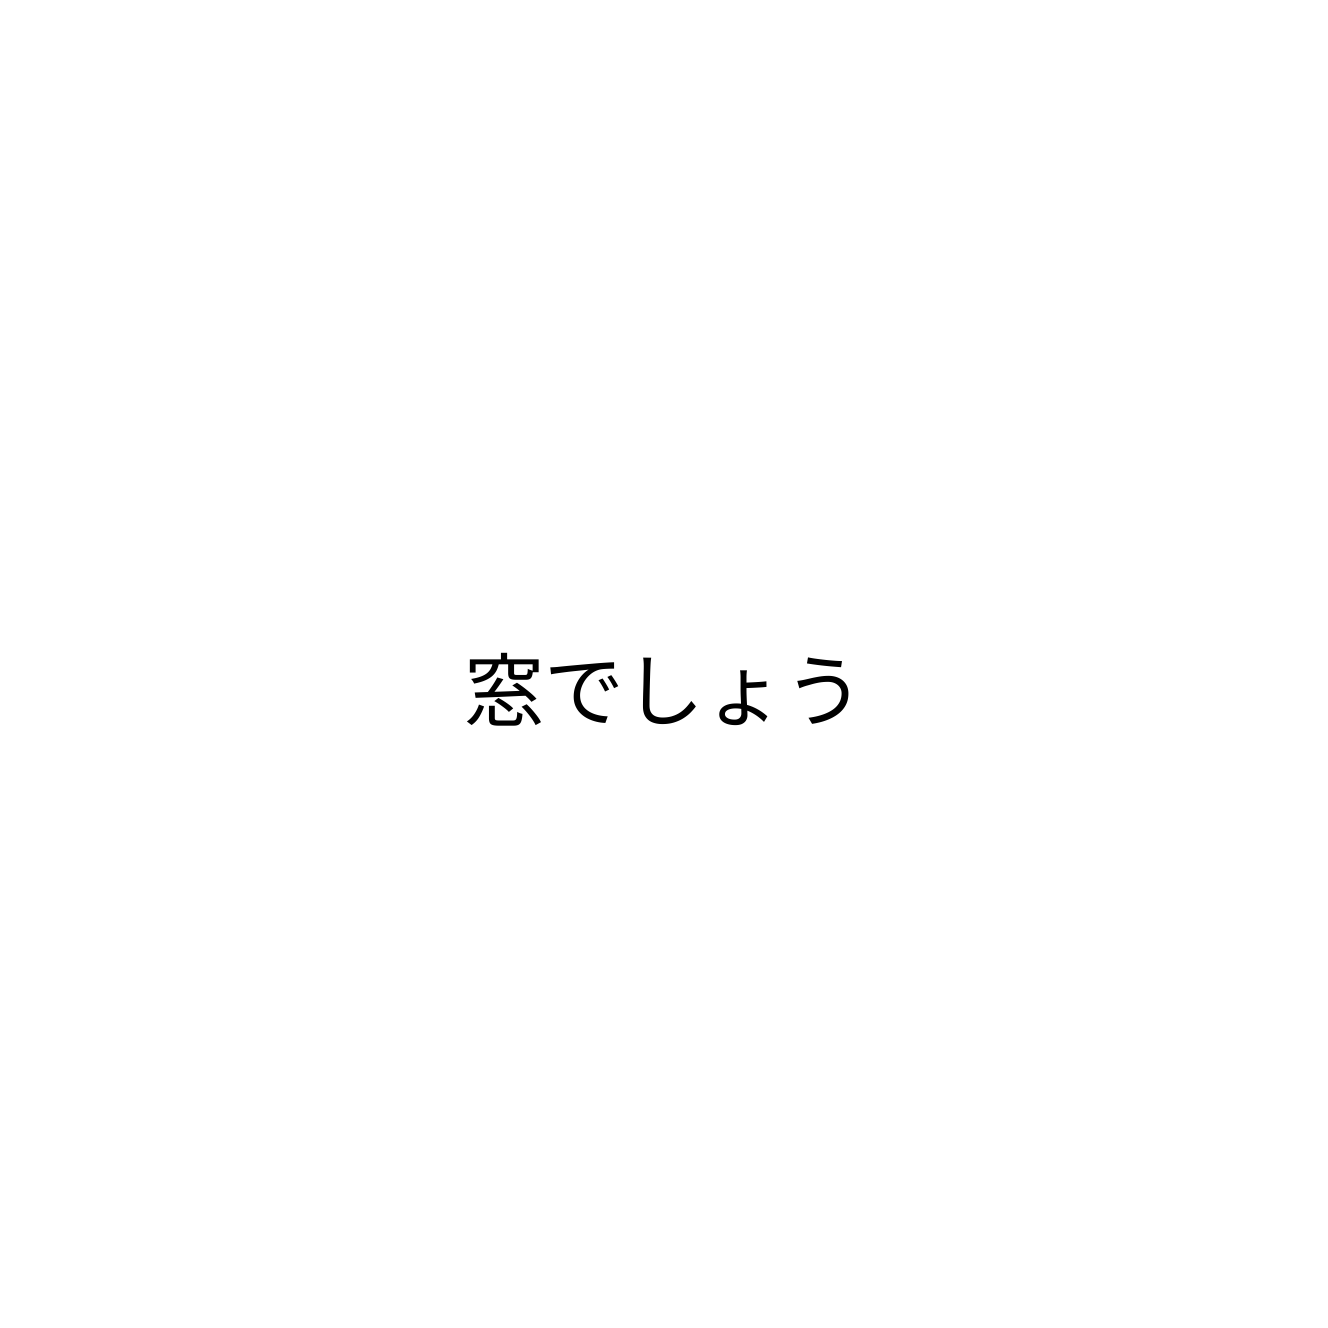
窓でしょう